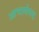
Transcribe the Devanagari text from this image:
आचार्यपद